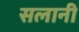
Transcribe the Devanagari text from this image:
सलानी